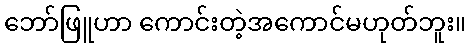
ဘော်ဖြူဟာ ကောင်းတဲ့အကောင်မဟုတ်ဘူး။